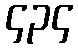
၄၃၄